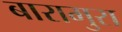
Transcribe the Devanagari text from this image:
बारामुरा